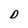
Character: D